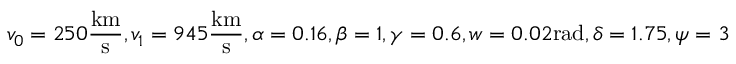
v _ { 0 } = 2 5 0 \frac { \mathrm { k m } } { \mathrm { s } } , v _ { 1 } = 9 4 5 \frac { \mathrm { k m } } { \mathrm { s } } , \alpha = 0 . 1 6 , \beta = 1 , \gamma = 0 . 6 , w = 0 . 0 2 \mathrm { r a d } , \delta = 1 . 7 5 , \psi = 3